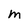
Character: m